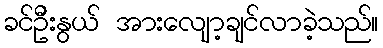
ခင်ဦးနွယ် အားလျော့ချင်လာခဲ့သည်။